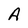
Character: A